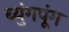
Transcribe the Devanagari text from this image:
ब्युंगपूंग